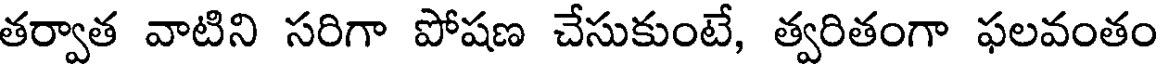
తర్వాత వాటిని సరిగా పోషణ చేసుకుంటే, త్వరితంగా ఫలవంతం